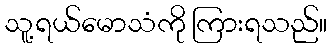
သူ့ရယ်မောသံကို ကြားရသည်။